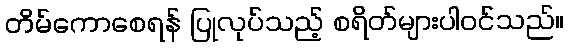
တိမ်ကောစေရန် ပြုလုပ်သည့် စရိတ်များပါဝင်သည်။